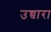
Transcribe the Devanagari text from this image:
उच्चारा